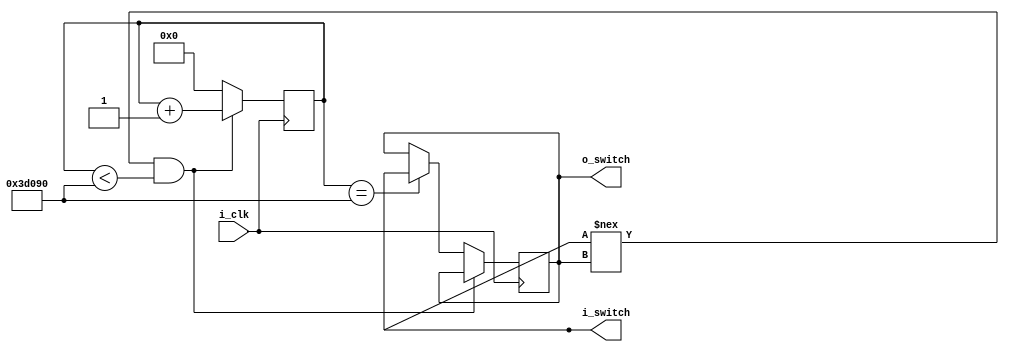
// Debounce Switch for the FRANK6000 processor

module Debounce_Switch (
    input  i_clk,
    output i_switch,
    output o_switch);
     
    parameter DEBOUNCE_LIMIT = 250000; // 10 ms at 25 MHz
    
    reg        r_state = 1'b0;
    reg [17:0] r_count = 0;
    
    always @(posedge i_clk) begin
        if (i_switch !== r_state && r_count < DEBOUNCE_LIMIT) begin
            r_count <= r_count + 1;
        end
        else if (r_count == DEBOUNCE_LIMIT) begin
            r_count <= 0;
            r_state <= i_switch;
        end
        else  r_count <= 0;
    end
    
    assign o_switch = r_state;
    
endmodule